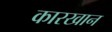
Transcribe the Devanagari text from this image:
कारखान